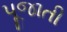
પૂજાતી